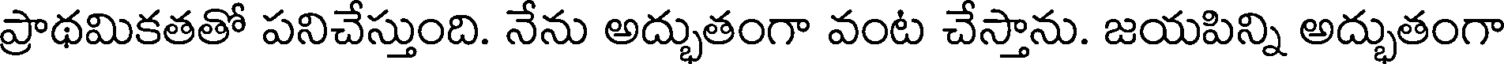
ప్రాథమికతతో పనిచేస్తుంది. నేను అద్భుతంగా వంట చేస్తాను. జయపిన్ని అద్భుతంగా